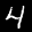
Label: 4